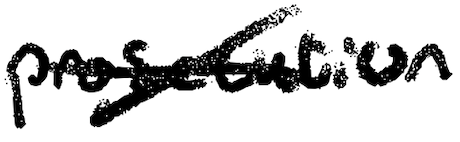
Text: prosecution
Cross-out: cross
Writing tool: digital_black